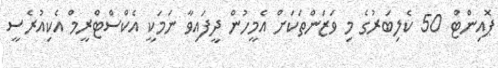
ޕޮއިންޓް 50 ކެލިބަރުގެ މި ވަޒަންތަކަށް އެމީހުން ދީފައިވާ ނަމަކީ އެކްސްޓްރީމް އެކިއުރެސީ